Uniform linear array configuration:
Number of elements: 12
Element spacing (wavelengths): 0.5
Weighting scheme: kaiser
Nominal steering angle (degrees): -60
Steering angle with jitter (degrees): -61.016
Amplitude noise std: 0.05
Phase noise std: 0.05

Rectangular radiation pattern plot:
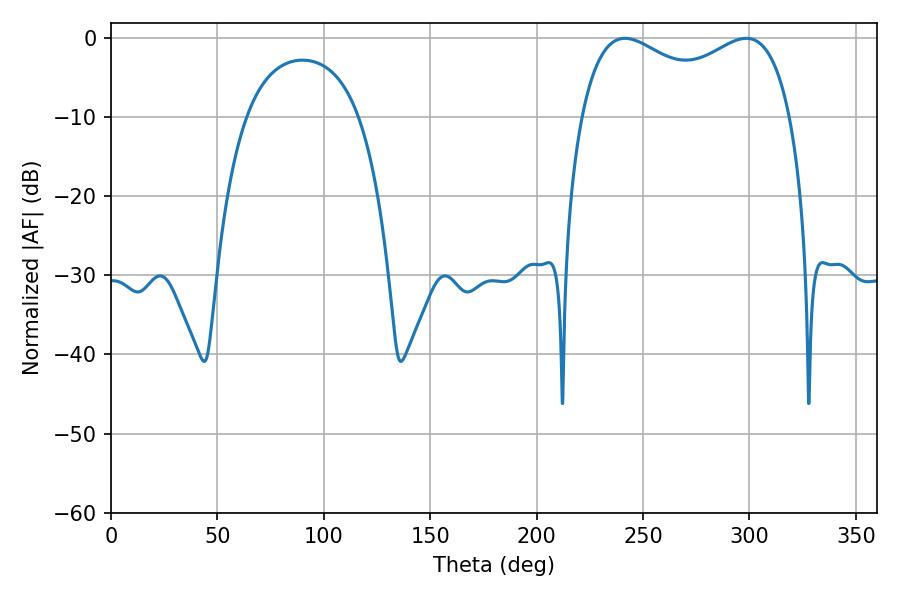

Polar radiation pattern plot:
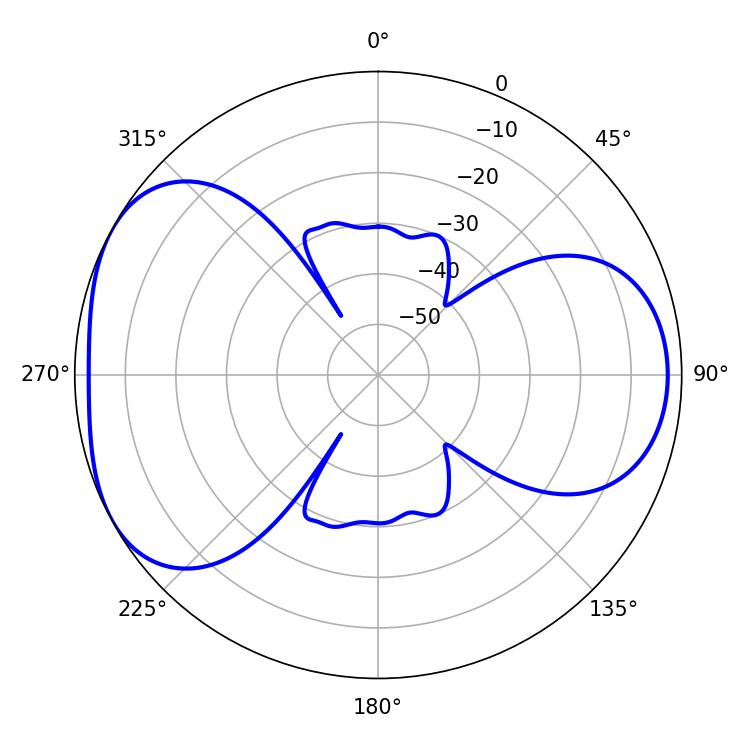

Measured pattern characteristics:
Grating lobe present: FALSE
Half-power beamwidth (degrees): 82.08
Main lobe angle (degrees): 241.56